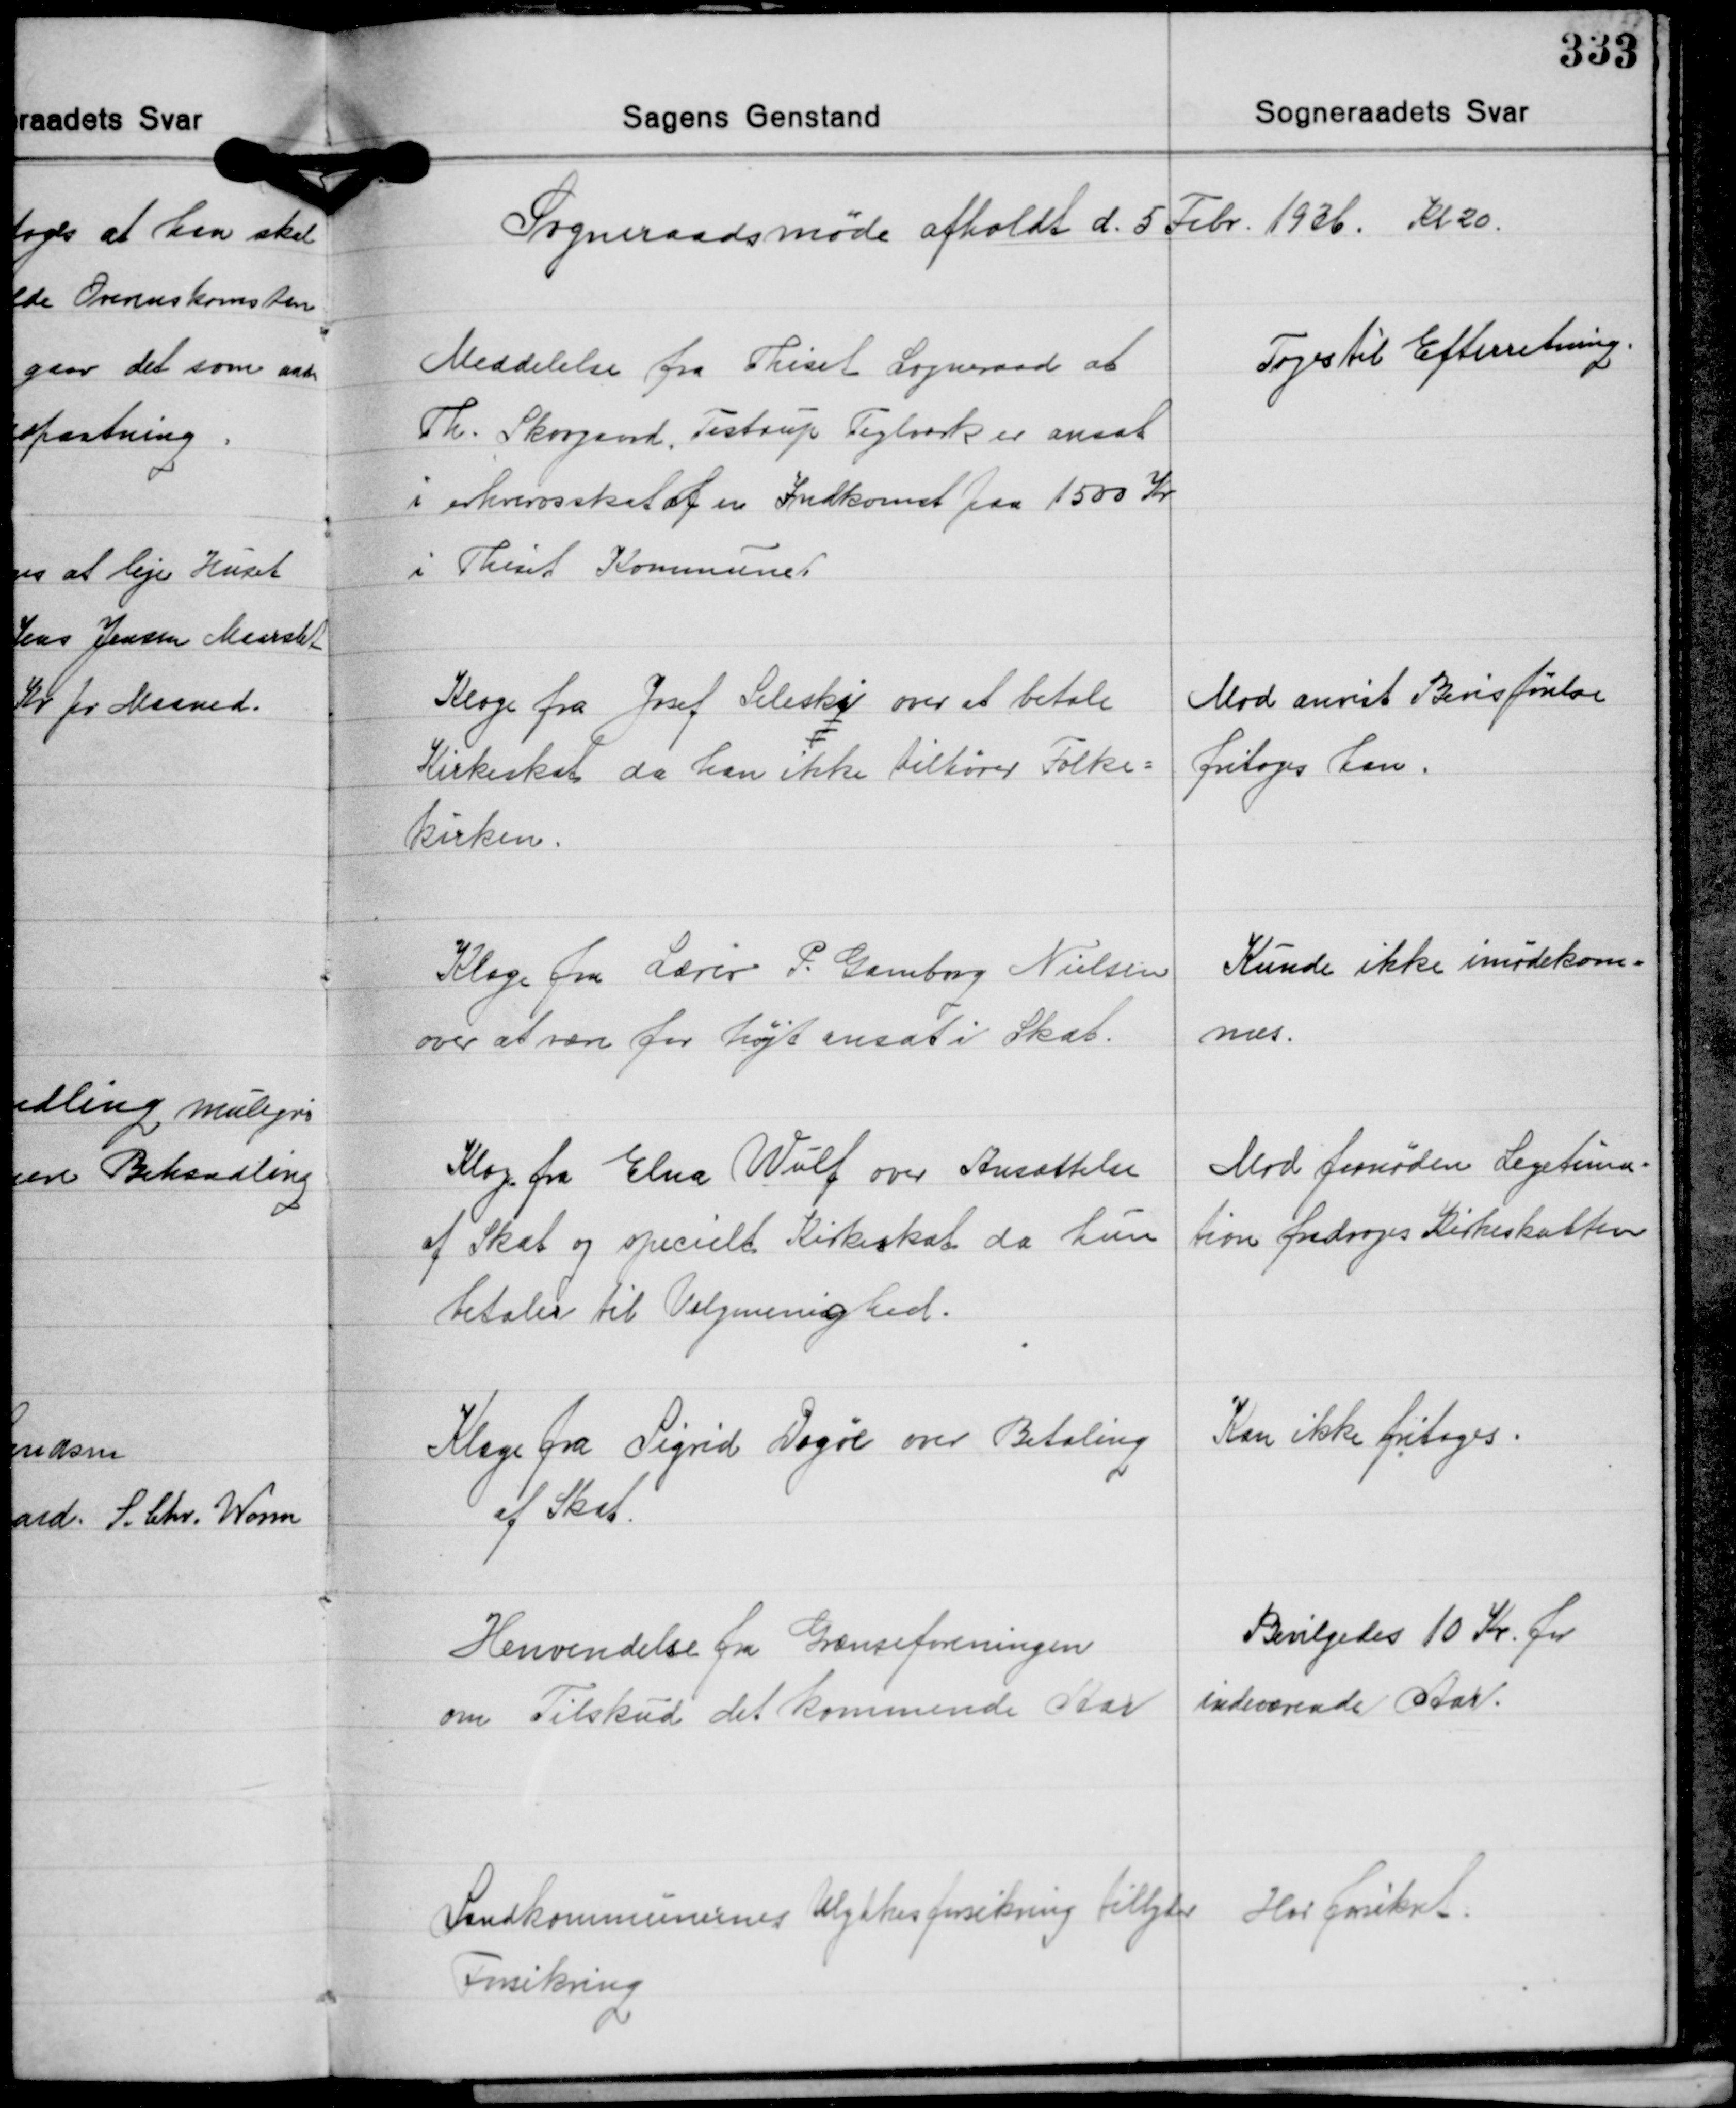
Transskription:
Sogneraadsmøde afholdt d. 5 Febr. 1936. Kl. 20.

Meddelelse fra Thiset Sogneraad at
Th. Skovgaard, Testrup Teglværk er ansat
i erhvervsskat af en Indkomst paa 1500 Kr.
i Thiset Kommune.

Toges til Efterretning.

Klage fra Josef Seleski over at betale
Kirkeskat da han ikke tilhører Folke-
kirken.

Mod anvist Bevisførelse
fritoges han.

Klage fra Lærer P. Gamborg Nielsen
over at være for højt ansat i Skat.

Kunde ikke imødekom-
nes.

Klage fra Elna Wulf over Ansættelse
af Skat og specielt Kirkeskat da hun
betaler til Valgmenighed.

Mod fornøden Legitima-
tion fradroges Kirkeskatten

Klage fra Sigrid Dogøe over Betaling
af Skat.

Kan ikke fritages

Henvendelse fra Grænseforeningen
om Tilskud det kommende Aar

Bevilgedes 10 Kr. for
indeværende Aar.

Landkommunernes Ulykkesforsikring tillyder
Forsikring

Har forsikret.